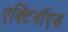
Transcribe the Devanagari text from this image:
एक्टिनॉएड